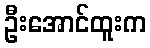
ဦးအောင်ထူးက